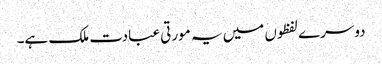
دوسرے لفظوں میں یہ مورتی عبادت ملک ہے۔